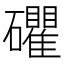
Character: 𥗫